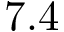
7 . 4